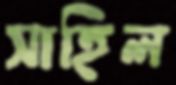
সাহিল